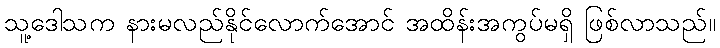
သူ့ဒေါသက နားမလည်နိုင်လောက်အောင် အထိန်းအကွပ်မရှိ ဖြစ်လာသည်။